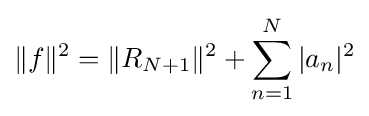
\|f\|^{2}=\|R_{N+1}\|^{2}+\sum _{n=1}^{N}{|a_{n}|^{2}}